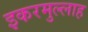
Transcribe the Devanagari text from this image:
इकरमुल्लाह